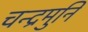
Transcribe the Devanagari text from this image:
चन्द्रमुनि